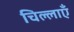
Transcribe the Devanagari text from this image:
चिल्लाएँ